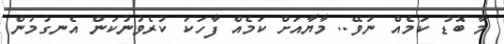
މާ ބޮޑު ކަމެއް ނުވޭ.. މާޔާއަށް ކަމެއް ފާހަކަ ކުރެވުނުކަން އެނގުމުން